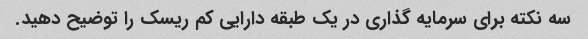
سه نکته برای سرمایه گذاری در یک طبقه دارایی کم ریسک را توضیح دهید.